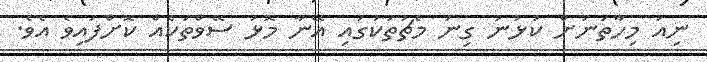
ނިއު މިހާތަނަށް ކުޅުނު ގިނަ މެޗުތަކުގައި އޭނާ މޮޅު ސޭވްތަކެއް ކޮށްފައިވެ އެވެ.